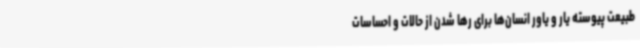
طبیعت پیوسته یار و یاور انسان‌ها برای رها شدن از حالات و احساسات